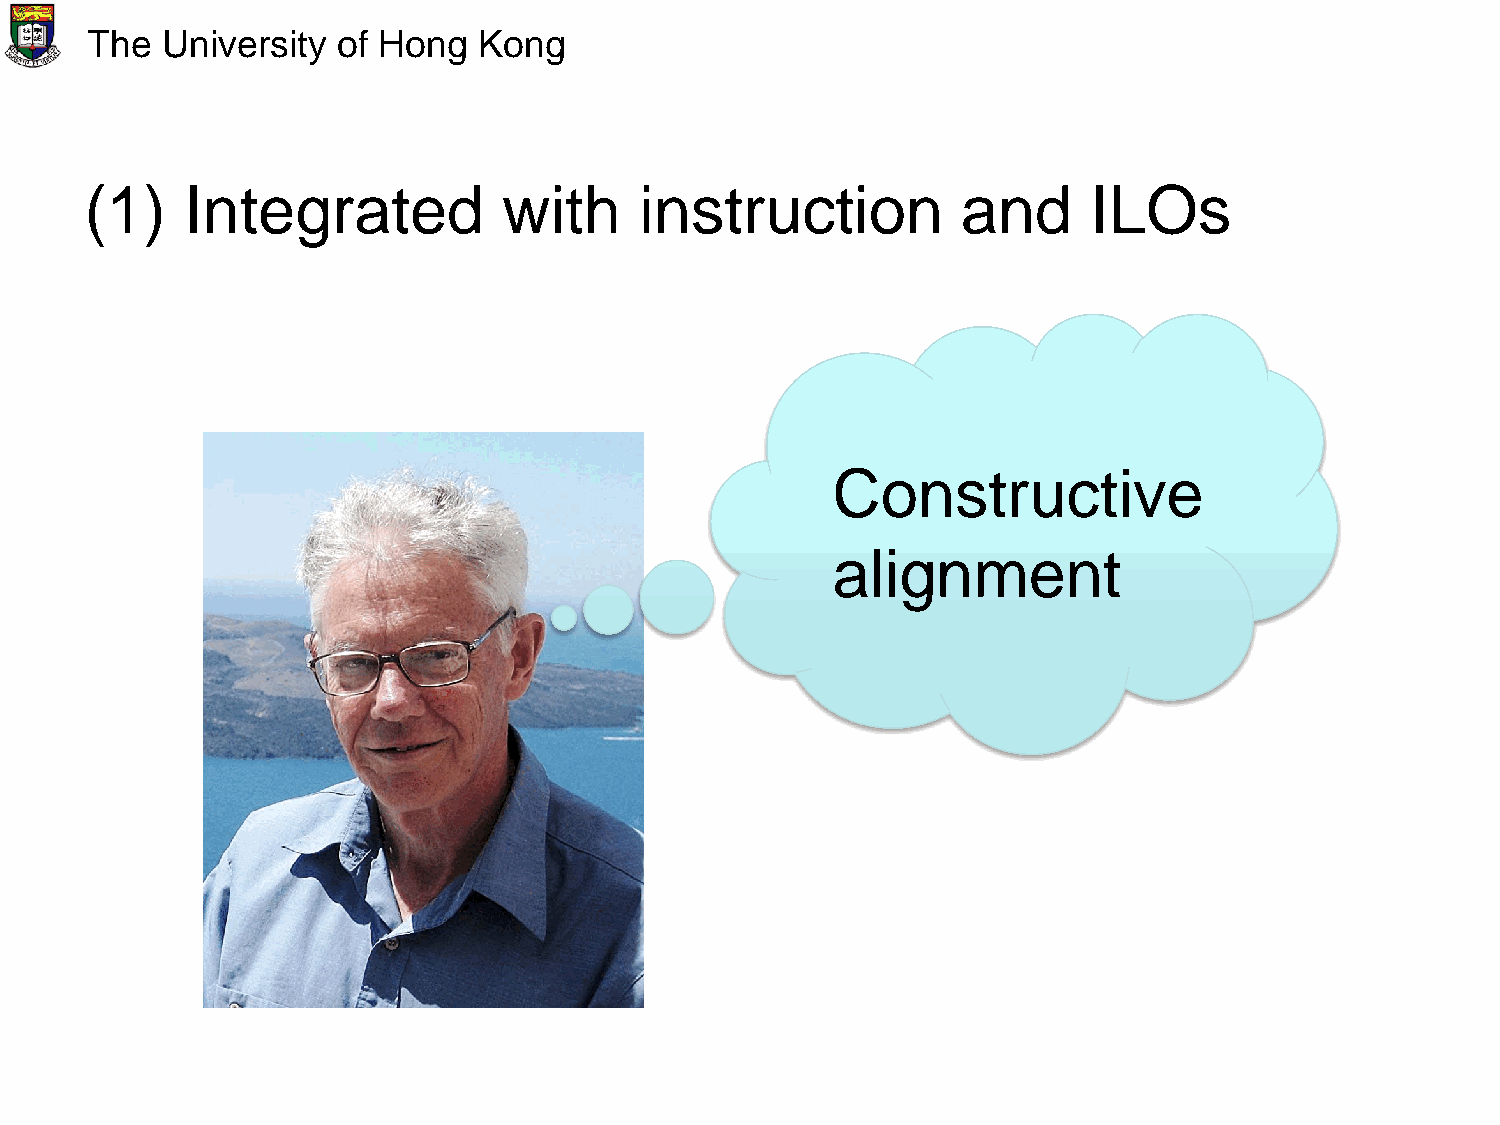
The  University of Hong   Kong
 (1)   Integrated           with     instruction           and     ILOs
 Constructive
 alignment